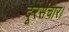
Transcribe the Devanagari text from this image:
दूरसंचार।